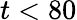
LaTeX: t<80